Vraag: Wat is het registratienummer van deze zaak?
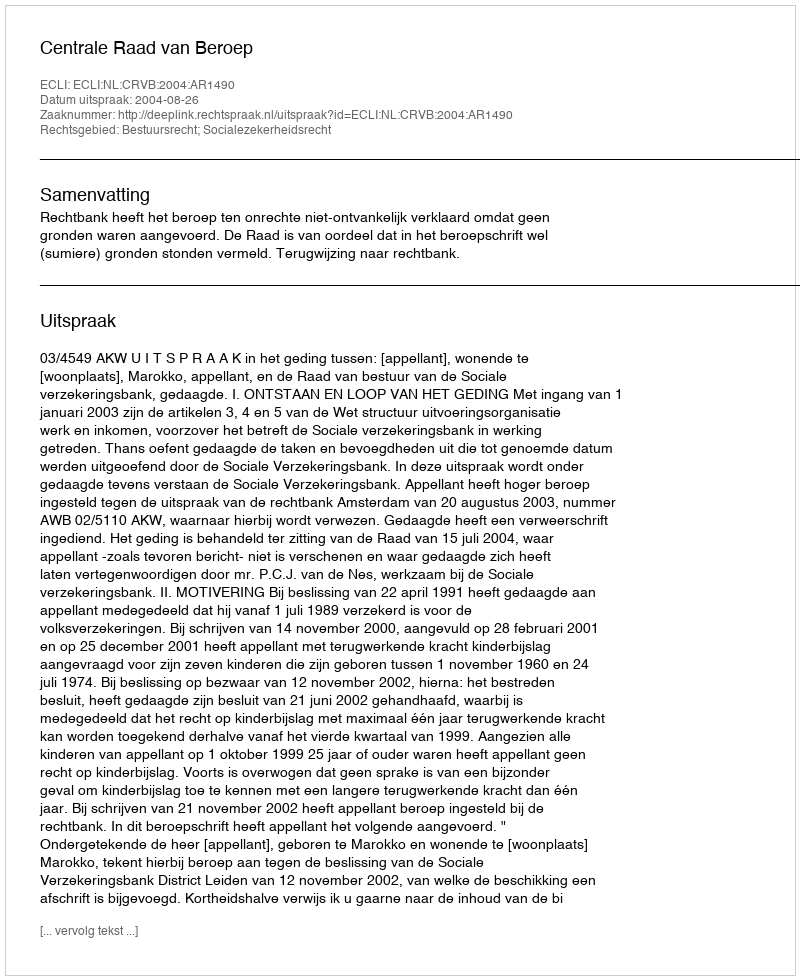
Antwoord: http://deeplink.rechtspraak.nl/uitspraak?id=ECLI:NL:CRVB:2004:AR1490